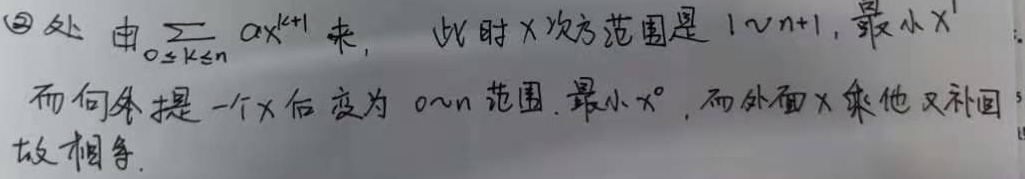
\textcircled{2}处由\(\sum_{0 \leq k \leq n} \alpha x^{k + 1}\)来，此时\(x\)次方范围是\(1\sim n + 1\)，最小\(x^{1}\)。而提取一个\(x\)后变为\(0\sim n\)范围，最小\(x^{0}\)，而外面\(x\)乘又补回，故相等。